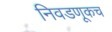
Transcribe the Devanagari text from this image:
निवडणूकच